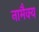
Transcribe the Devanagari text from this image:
नामैक्य